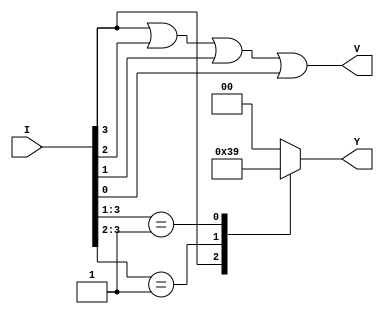
module encoder4to2(I,Y,V);
input [3:0]I;
output reg [1:0] Y;
output V;

assign V = I[3]|I[2]|I[1]|I[0];
always @(I[3] or I[2] or I[1] or I[0])
	casex(I)
		4'b1xxx: Y = 2'b11;
		4'b01xx: Y = 2'b10;
		4'b001x: Y = 2'b01;
		4'b0001: Y = 2'b00;
		default: Y = 2'b00;
	endcase
endmodule